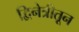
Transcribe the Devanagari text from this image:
द्विनेत्रीतून